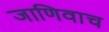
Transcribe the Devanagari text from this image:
जाणिवाच